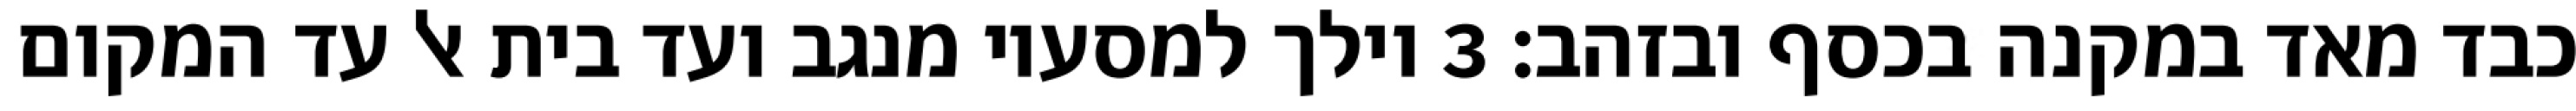
כבד מאד במקנה בכסף ובזהב׃ ‎3‏ וילך למסעיו מנגב ועד בית אל עד המקום